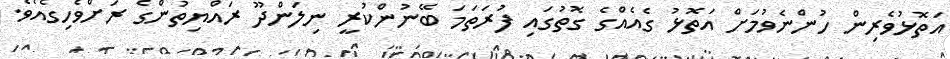
އަތޮޅުވެރިން ހުންނެވުމަށް އަތޮޅު ގެއެއްގެ ގޮތުގައި ފުރަތަމަ ބޭނުންކުރީ ނިލަންދޫ ރައްޔިތުންގެ ރަށްވެހިގެއެވެ.